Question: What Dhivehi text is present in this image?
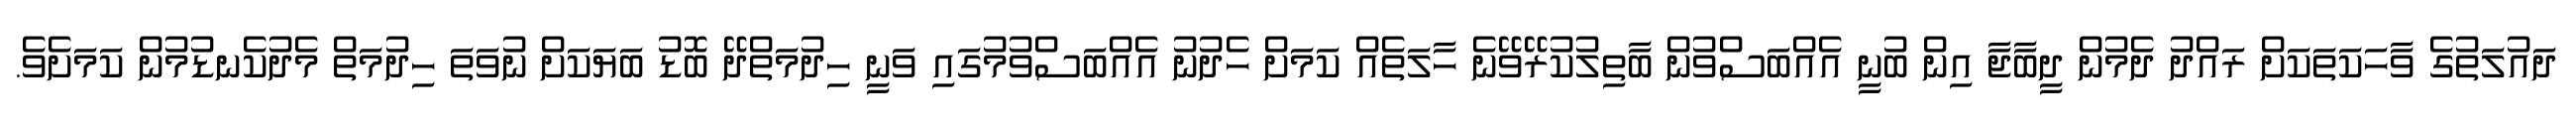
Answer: ދައުލަތުގެ ވާހަކަތަކަށް ރައްދު ދެމުން ދީބާޖާ އިން ބުނީ އެއްބަސްވުން ބާތިލުކުރޭވޭނެ ހާލަތެއް ކަމަށް ހެދުނު އެއްބަސްވުމުގައި ވަނީ ހިދުމަތްދޭ ބޮޑު ބަޔަކަށް ނުވަތަ ހިދުމަތް މެދުކެނޑުމުން ކަމަށެވެ.